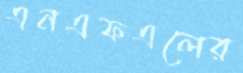
এনএফএলের